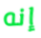
إنه